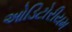
ઓડિટોરીયમ